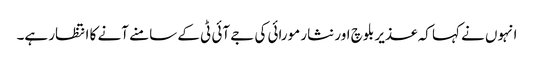
انہوں نے کہا کہ عذیر بلوچ اور نثار مورائی کی جے آئی ٹی کے سامنے آنے کا انتظار ہے۔